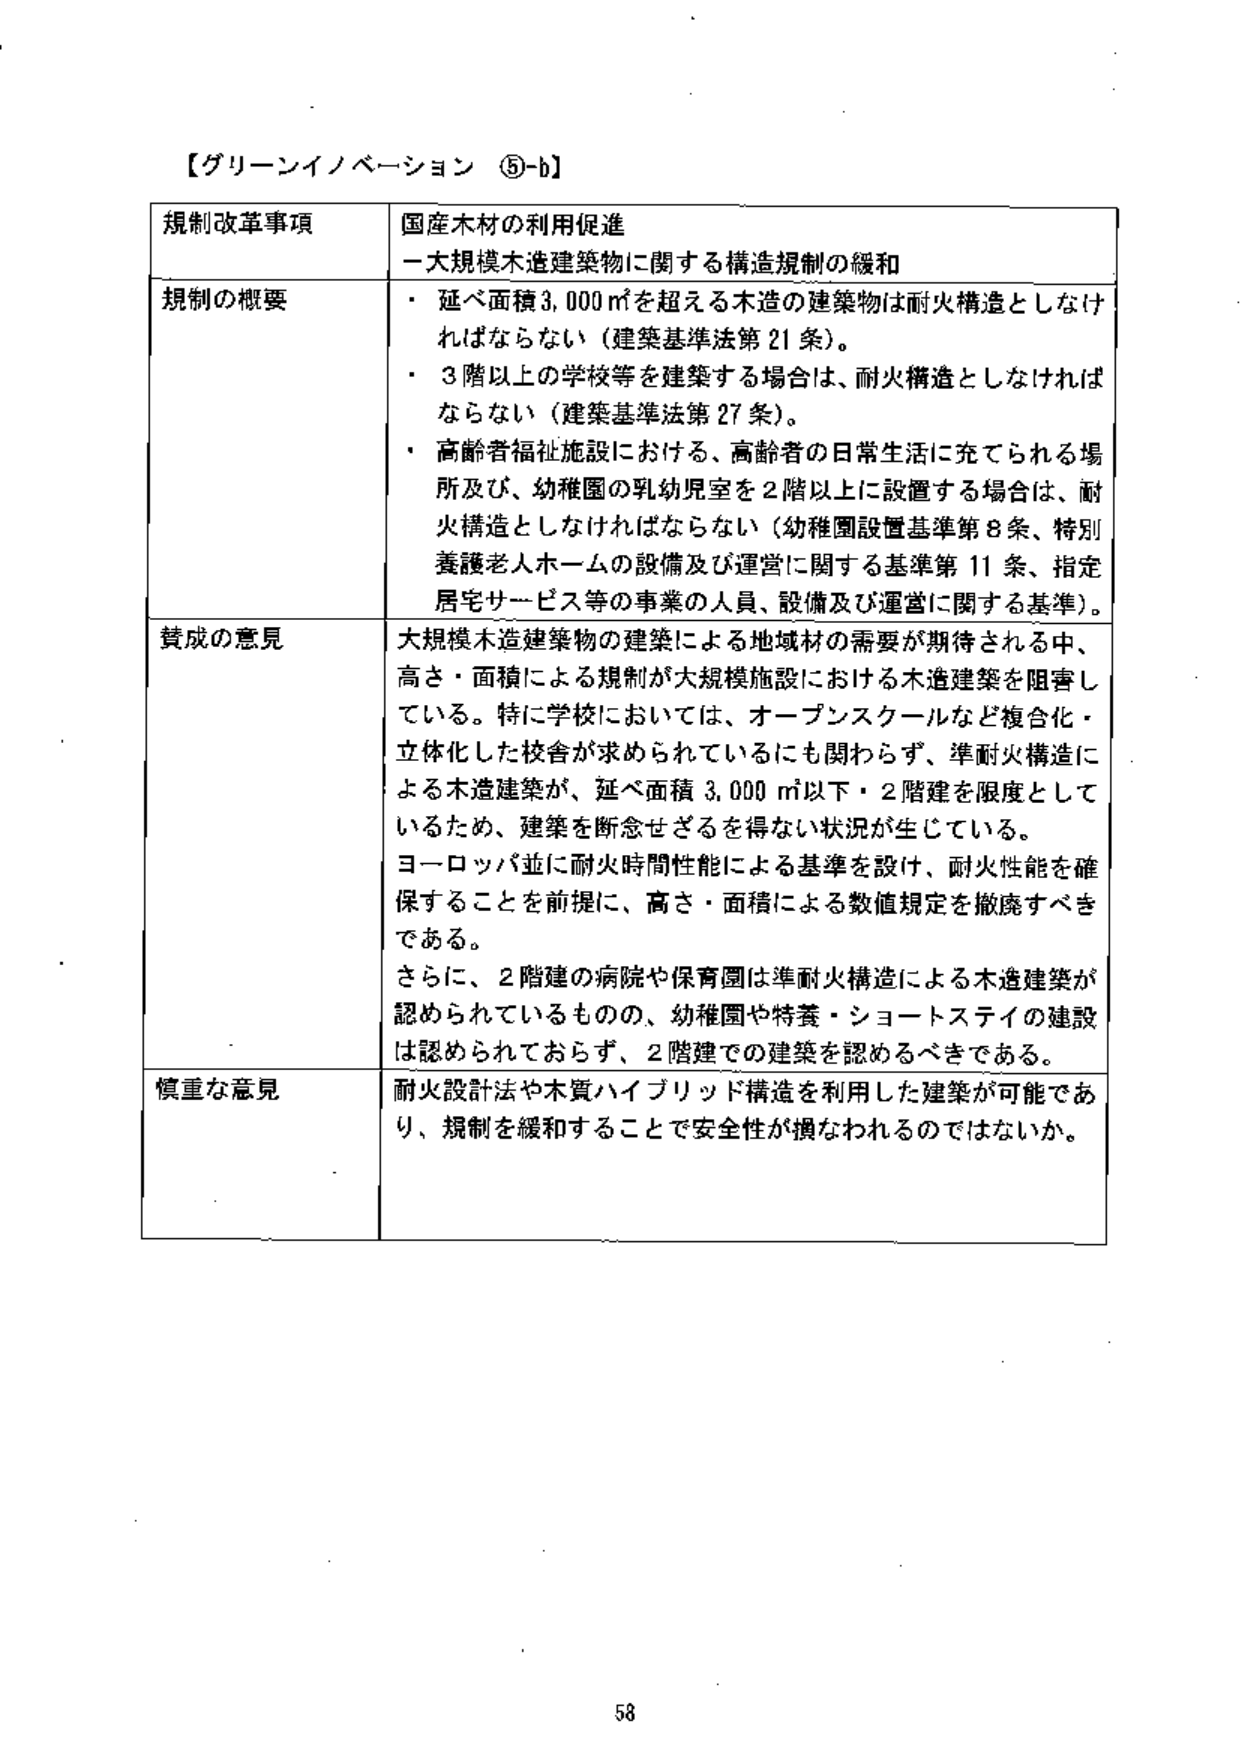
【グリーンイノベーション ⑤-b】

規制改革事項　国産木材の利用促進
　　　　　　　－大規模木造建築物に関する構造規制の緩和

規制の概要
・ 延べ面積3,000㎡を超える木造の建築物は耐火構造としなければならない（建築基準法第21条）。
・ 3階以上の学校等を建築する場合は、耐火構造としなければならない（建築基準法第27条）。
・ 高齢者福祉施設における、高齢者の日常生活に充てられる場所及び、幼稚園の乳幼児室を2階以上に設置する場合は、耐火構造としなければならない（幼稚園設置基準第8条、特別養護老人ホームの設備及び運営に関する基準第11条、指定居宅サービス等の事業の人員、設備及び運営に関する基準）。

賛成の意見
大規模木造建築物の建築による地域材の需要が期待される中、高さ・面積による規制が大規模施設における木造建築を阻害している。特に学校においては、オープンスクールなど複合化・立体化した校舎が求められているにも関わらず、準耐火構造による木造建築が、延べ面積3,000㎡以下・2階建を限度としているため、建築を断念せざるを得ない状況が生じている。
ヨーロッパ並に耐火時間性能による基準を設け、耐火性能を確保することを前提に、高さ・面積による数値規定を撤廃すべきである。
さらに、2階建の病院や保育園は準耐火構造による木造建築が認められているものの、幼稚園や特養・ショートステイの建設は認められておらず、2階建での建築を認めるべきである。

慎重な意見
耐火設計法や木質ハイブリッド構造を利用した建築が可能であり、規制を緩和することで安全性が損なわれるのではないか。

58